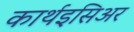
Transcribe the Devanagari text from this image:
कार्थइसिअर